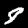
Label: 8